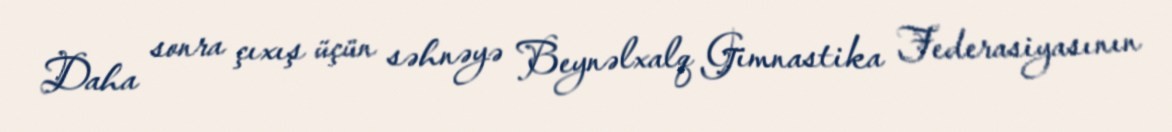
Daha sonra çıxış üçün səhnəyə Beynəlxalq Gimnastika Federasiyasının